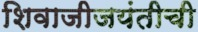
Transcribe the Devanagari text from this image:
शिवाजीजयंतीची